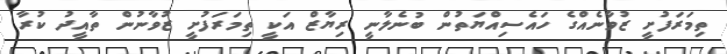
ތިމަރަފުށީ ޒުވާނެއްގެ ހައެސިއްޔަތުން ބުނެލާނީ ރިޔާޒް އަކީ ތިމަރަފުށީ ޒުވާނުން ތާއީދު ކުރާ